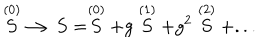
\stackrel { ( 0 ) } { S } \longrightarrow S = \stackrel { ( 0 ) } { S } + g \stackrel { ( 1 ) } { S } + g ^ { 2 } \stackrel { ( 2 ) } { S } + . . .